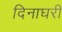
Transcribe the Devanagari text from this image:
दिनाघरी